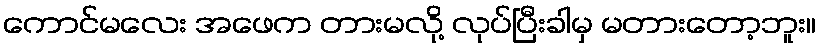
ကောင်မလေး အဖေက တားမလို့ လုပ်ပြီးခါမှ မတားတော့ဘူး။